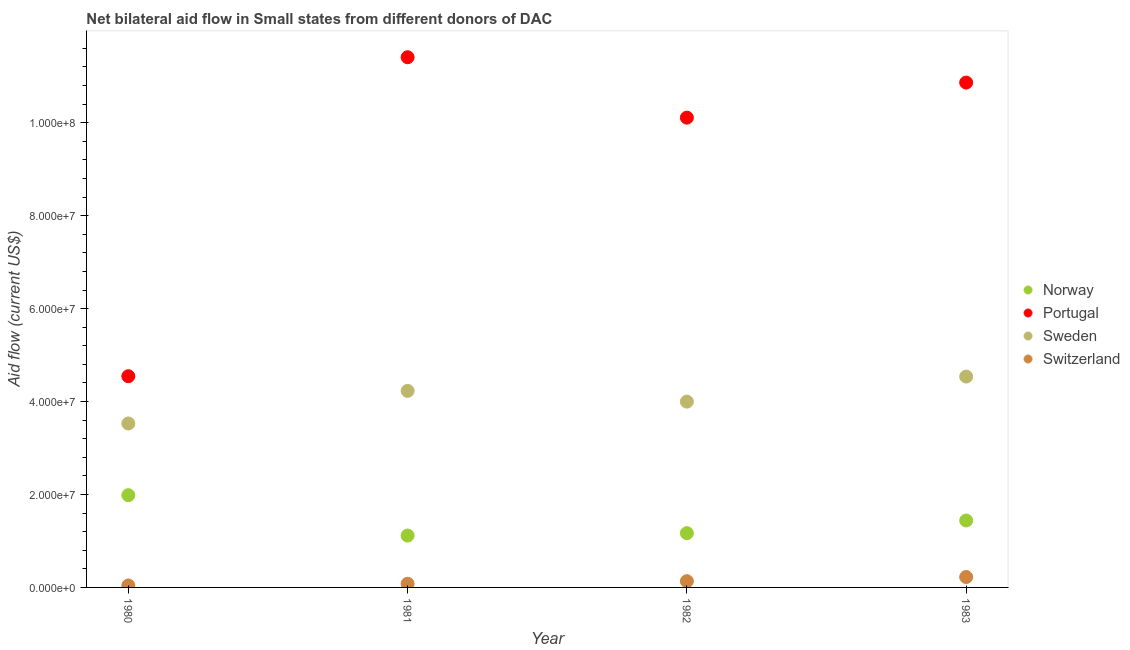
| Year | Norway | Portugal | Sweden | Switzerland |
 | --- | --- | --- | --- | --- |
 | 1980 | 1.98e+07 | 4.54e+07 | 3.53e+07 | 4.2e+05 |
 | 1981 | 1.12e+07 | 1.14e+08 | 4.23e+07 | 7.9e+05 |
 | 1982 | 1.17e+07 | 1.01e+08 | 4e+07 | 1.34e+06 |
 | 1983 | 1.44e+07 | 1.09e+08 | 4.54e+07 | 2.24e+06 |